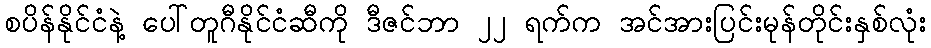
စပိန်နိုင်ငံနဲ့ ပေါ်တူဂီနိုင်ငံဆီကို ဒီဇင်ဘာ ၂၂ ရက်က အင်အားပြင်းမုန်တိုင်းနှစ်လုံး